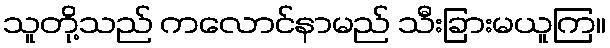
သူတို့သည် ကလောင်နာမည် သီးခြားမယူကြ။